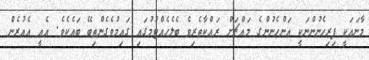
މާނައަކީ ފިރިހެނުންނަކީ އަންހެނުންގެ މައްޗަށް ރައްކާތެރިވެ ބެލެހެއްޓުމުގައި ގައިމުވެގެންތިބޭ ބައެކެވެ. އެއީ އެއުރެން